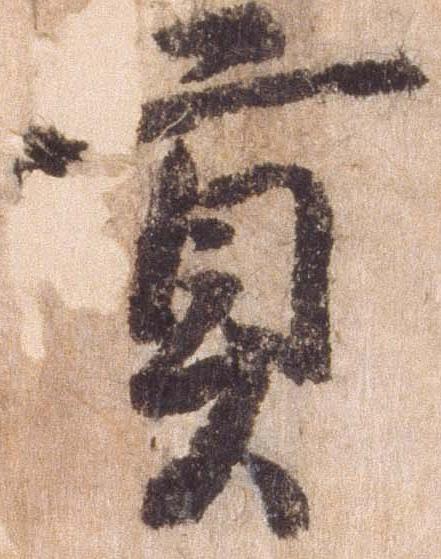
貢